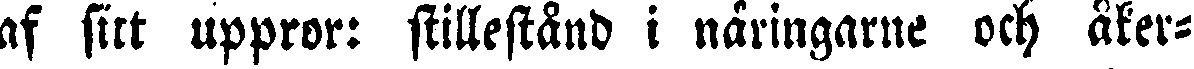
af sitt uppror: stillestånd i näringarne och åker-